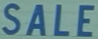
SALE